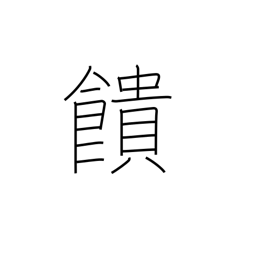
Meaning: offer